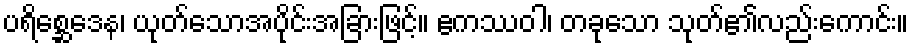
ပရိစ္ဆေဒေန၊ ယုတ်သောအပိုင်းအခြားဖြင့်။ ဧကဿဝါ၊ တခုသော သုတ်၏လည်းကောင်း။